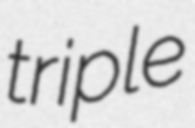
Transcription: triple